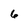
Character: 6